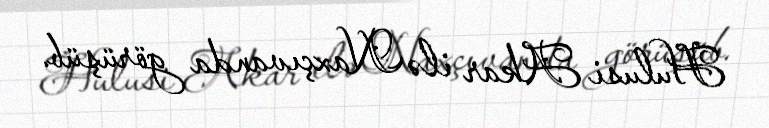
Hulusi Akar ilə Naxçıvanda görüşüb.